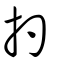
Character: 扚